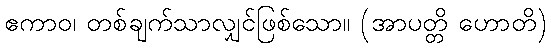
ဧကာဝ၊ တစ်ချက်သာလျှင်ဖြစ်သော။ (အာပတ္တိ ဟောတိ)